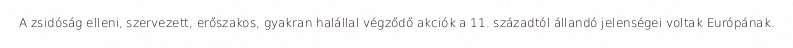
A zsidóság elleni, szervezett, erőszakos, gyakran halállal végződő akciók a 11. századtól állandó jelenségei voltak Európának.